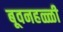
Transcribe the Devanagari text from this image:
बूवनहळ्ळी